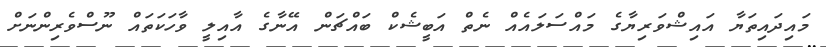
މައިދައިތަޔާ އައިޝްވަރިޔާގެ މައްސަލައެއް ނެތް އަބީޝެކް ބައްޗަން އޭނާގެ އާއިލީ ވާހަކަތައް ނޫސްވެރިންނަށް